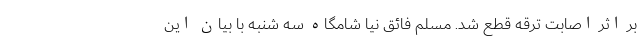
بر اثر اصابت ترقه قطع شد. مسلم فائق نیا شامگاه سه شنبه با بیان این